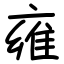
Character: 雍